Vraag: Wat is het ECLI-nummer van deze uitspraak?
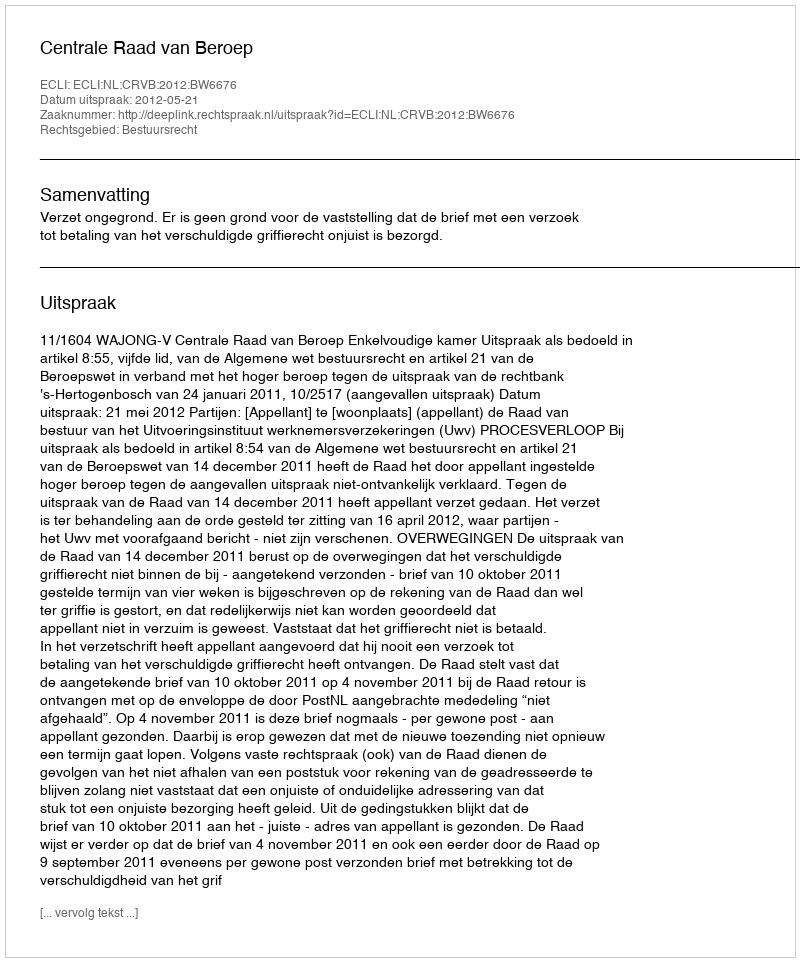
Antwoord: ECLI:NL:CRVB:2012:BW6676